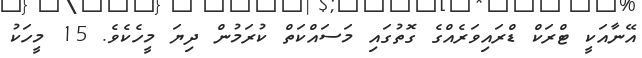
އޭނާއަކީ ޓްރަކް ޑްރައިވަރެއްގެ ގޮތުގައި މަސައްކަތް ކުރަމުން ދިޔަ މީހެކެވެ. 15 މީހަކު